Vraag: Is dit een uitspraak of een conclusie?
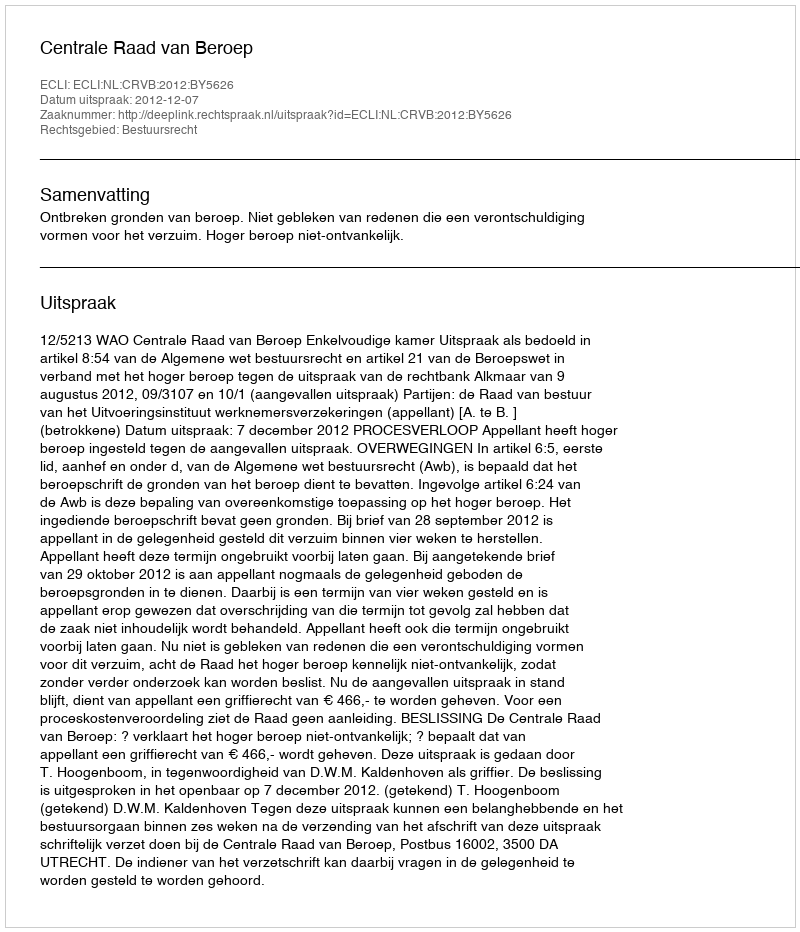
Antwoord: Uitspraak